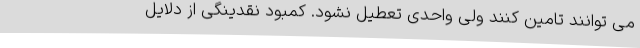
می توانند تامین کنند ولی واحدی تعطیل نشود. کمبود نقدینگی از دلایل